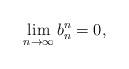
LaTeX: \begin{align*}\displaystyle{\lim_{n\rightarrow\infty}b_{n}^{n}=0,} \end{align*}